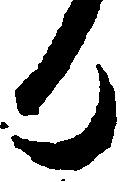
日